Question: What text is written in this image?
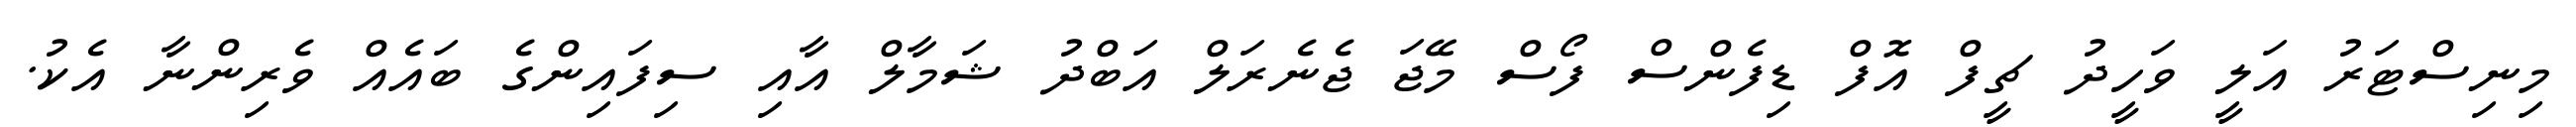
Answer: މިނިސްޓަރު އަލީ ވަހީދު ޗީފް އޮފް ޑިފެންސް ފޯސް މޭޖަ ޖެނެރަލް އަބްދު ޝަމާލް އާއި ސިފައިންގެ ބައެއް ވެރިންނާ އެކު.